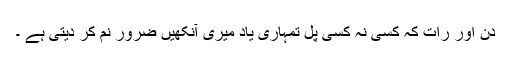
دن اور رات کہ کسی نہ کسی پَل تمہاری یاد میری آنکھیں ضرور نم کر دیتی ہے ۔